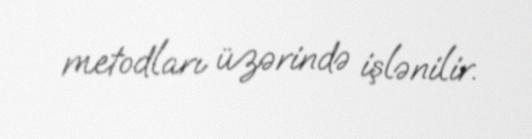
metodları üzərində işlənilir.